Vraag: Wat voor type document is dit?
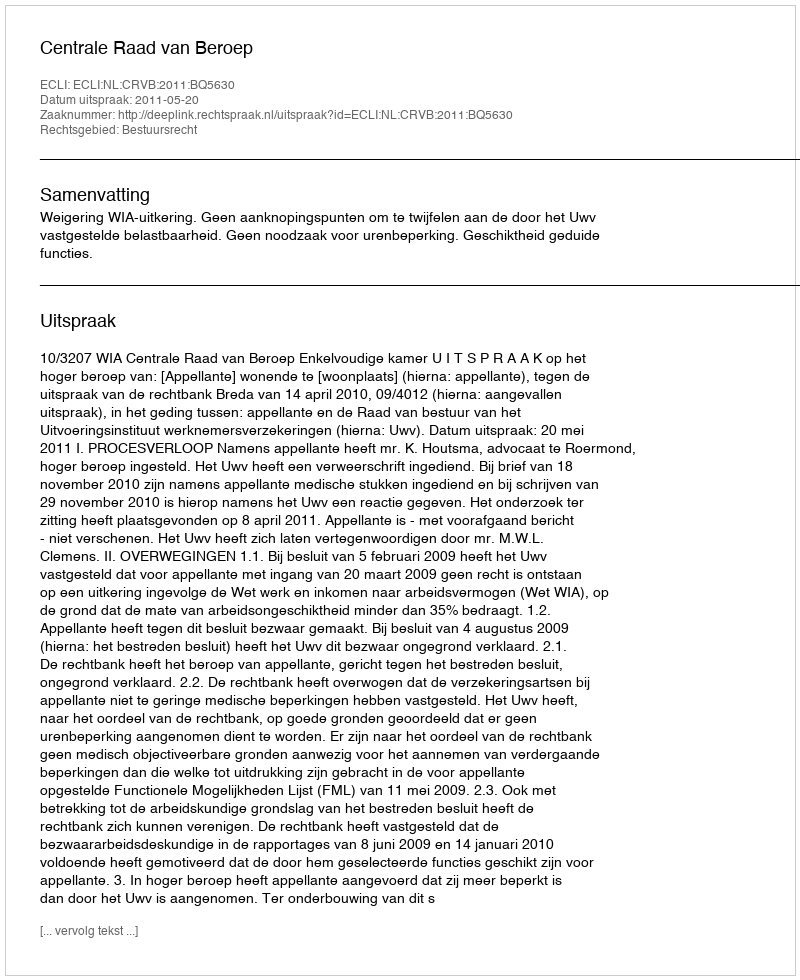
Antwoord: Uitspraak